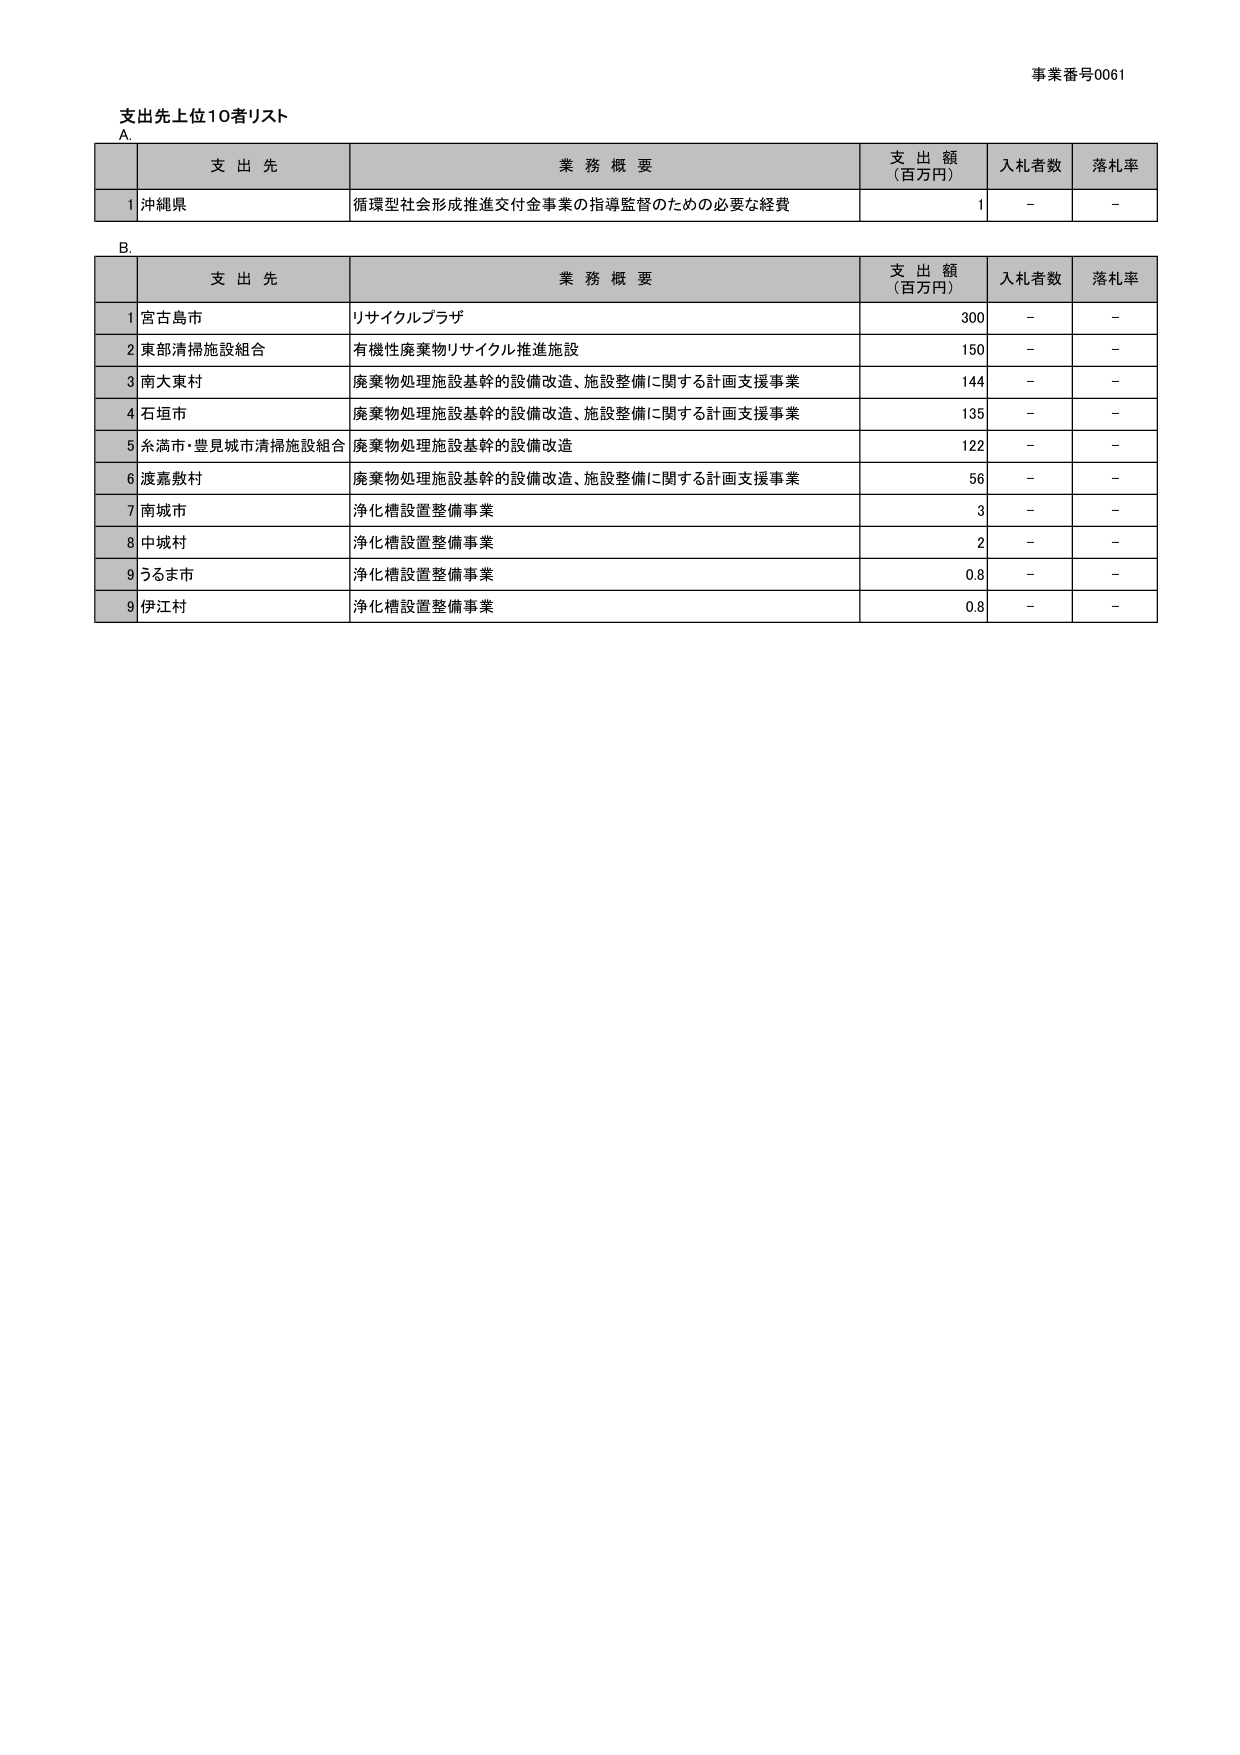
事業番号0061
支出先上位10者リスト
A.
支 出 先 業 務 概 要 支 出 額 （百万円） 入札者数 落札率
1 沖縄県 循環型社会形成推進交付金事業の指導監督のための必要な経費 1 - -
B.
支 出 先 業 務 概 要 支 出 額 （百万円） 入札者数 落札率
1 宮古島市 リサイクルプラザ 300 - -
2 東部清掃施設組合 有機性廃棄物リサイクル推進施設 150 - -
3 南大東村 廃棄物処理施設基幹の設備改造、施設整備に関する計画支援事業 144 - -
4 石垣市 廃棄物処理施設基幹の設備改造、施設整備に関する計画支援事業 135 - -
5 糸満市・豊見城市清掃施設組合 廃棄物処理施設基幹の設備改造 122 - -
6 渡嘉敷村 廃棄物処理施設基幹の設備改造、施設整備に関する計画支援事業 56 - -
7 南城市 浄化槽設置整備事業 3 - -
8 中城村 浄化槽設置整備事業 2 - -
9 うるま市 浄化槽設置整備事業 0.8 - -
9 伊江村 浄化槽設置整備事業 0.8 - -